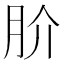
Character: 𭨫